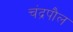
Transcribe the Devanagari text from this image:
चंद्रपौल